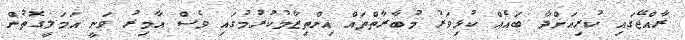
ރާއްޖޭގައި ކުރިއަށްދާ ބައެއް ކުޅިވަރު މުބާރާތްތައް އިންތިޒާމުކުރުމުގައި ވެސް އާމިރު ވަނީ އަމަލީގޮތުން